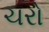
ચરો